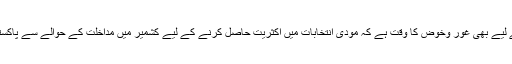
بھارت کے سنجیدہ طبقے کے لیے بھی غور وخوض کا وقت ہے کہ مودی انتخابات میں اکثریت حاصل کرنے کے لیے کشمیر میں مداخلت کے حوالے سے پاکستان پر الزام تراشی کررہا ہے۔